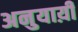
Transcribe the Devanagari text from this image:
अनुयाय़ी